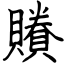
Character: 䞉